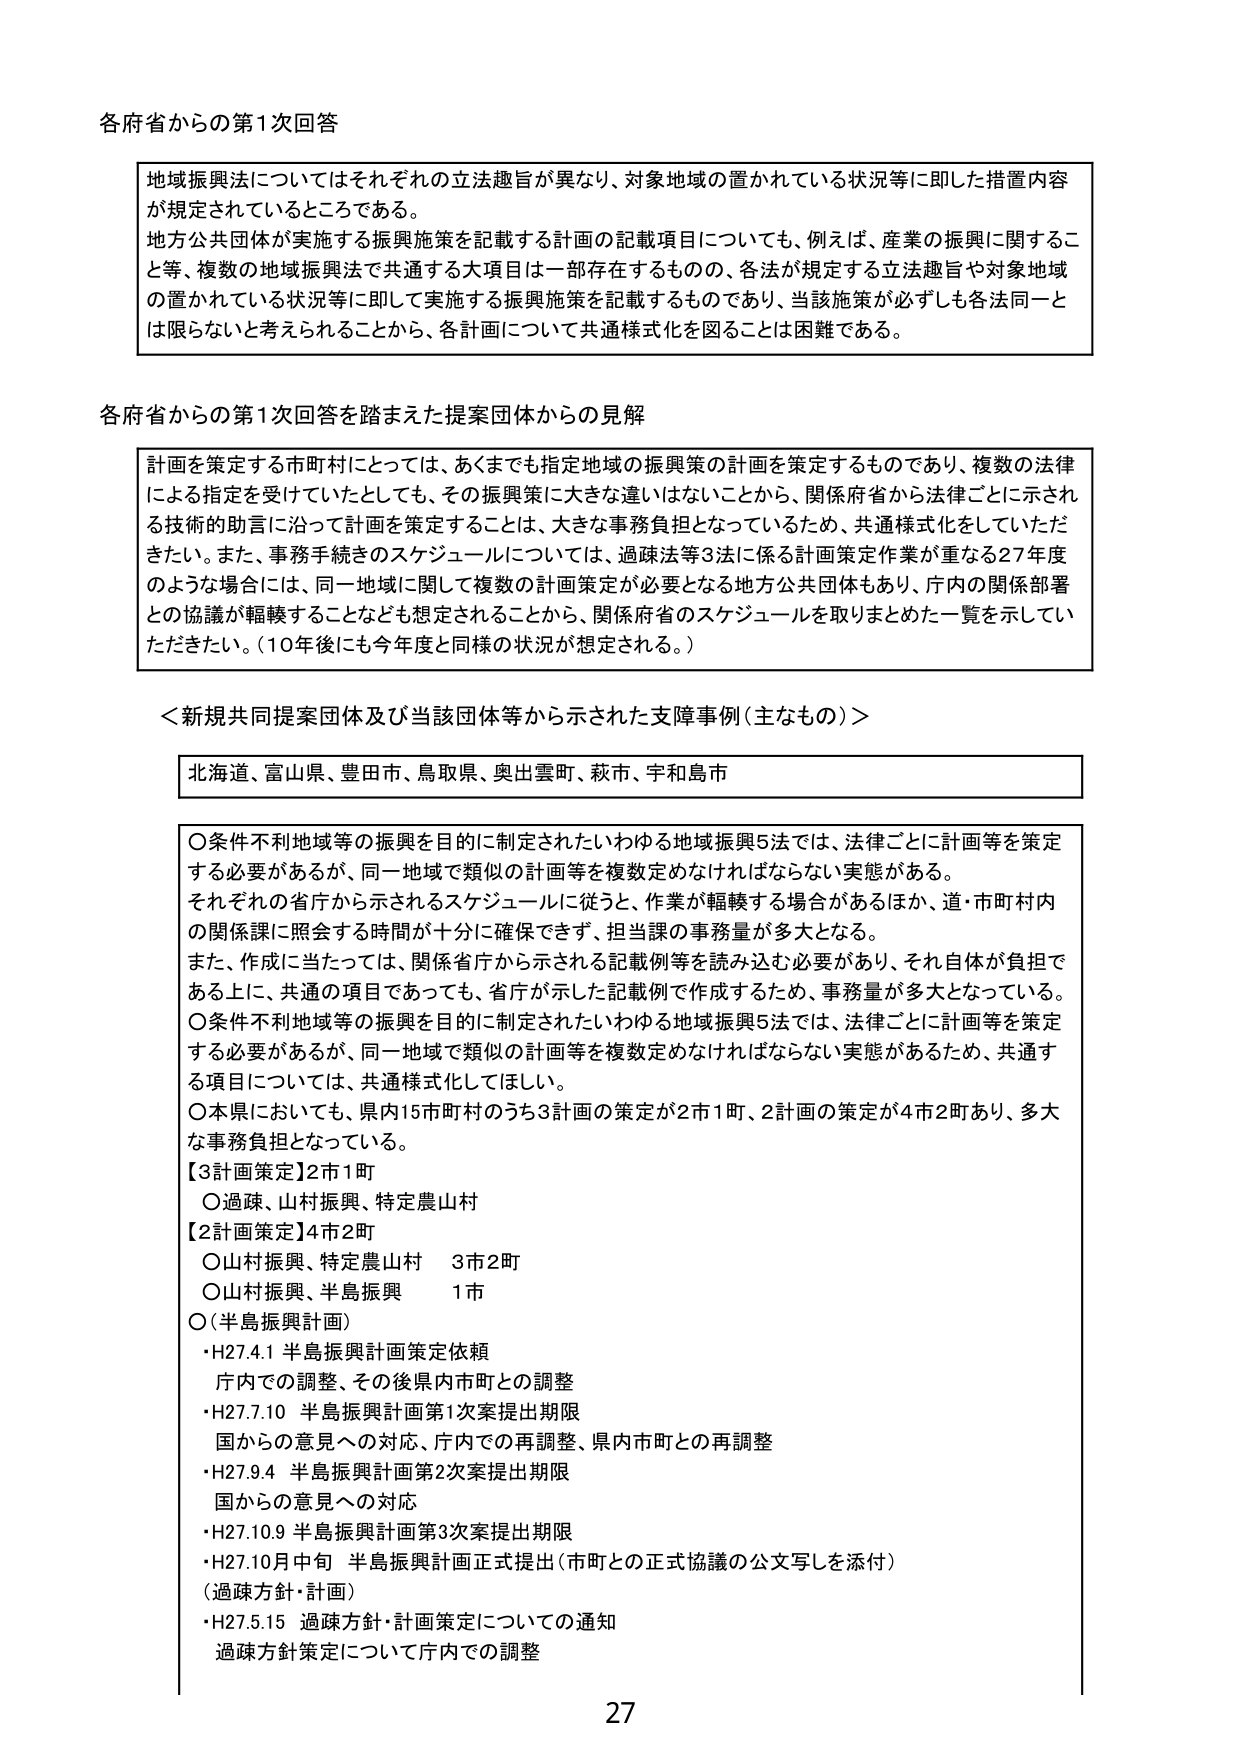
各府省からの第1次回答

地域振興法についてはそれぞれの立法趣旨が異なり、対象地域の置かれている状況等に即した措置内容が規定されているところである。
地方公共団体が実施する振興施策を記載する計画の記載項目についても、例えば、産業の振興に関すること等、複数の地域振興法で共通する大項目は一部存在するものの、各法が規定する立法趣旨や対象地域の置かれている状況等に即して実施する振興施策を記載するものであり、当該施策が必ずしも各法同一とは限らないと考えられることから、各計画について共通様式化を図ることは困難である。

各府省からの第1次回答を踏まえた提案団体からの見解

計画を策定する市町村にとっては、あくまでも指定地域の振興策の計画を策定するものであり、複数の法律による指定を受けていたとしても、その振興策に大きな違いはないことから、関係府省から法律ごとに示される技術的助言に沿って計画を策定することは、大きな事務負担となっているため、共通様式化をしていただきたい。また、事務手続きのスケジュールについては、過疎法等3法に係る計画策定作業が重なる27年度のような場合には、同一地域に関して複数の計画策定が必要となる地方公共団体もあり、庁内の関係部署との協議が輻輳することなども想定されることから、関係府省のスケジュールを取りまとめた一覧を示していただきたい。（10年後にも今年度と同様の状況が想定される。）

＜新規共同提案団体及び当該団体等から示された支障事例（主なもの）＞

北海道、富山県、豊田市、鳥取県、奥出雲町、萩市、宇和島市

〇条件不利地域等の振興を目的に制定されたいわゆる地域振興5法では、法律ごとに計画等を策定する必要があるが、同一地域で類似の計画等を複数定めなければならない実態がある。
それぞれの省庁から示されるスケジュールに従うと、作業が輻輳する場合があるほか、道・市町村内の関係課に照会する時間が十分に確保できず、担当課の事務量が多大となる。
また、作成に当たっては、関係省庁から示される記載例等を読み込む必要があり、それ自体が負担である上に、共通の項目であっても、省庁が示した記載例で作成するため、事務量が多大となっている。
〇条件不利地域等の振興を目的に制定されたいわゆる地域振興5法では、法律ごとに計画等を策定する必要があるが、同一地域で類似の計画等を複数定めなければならない実態があるため、共通する項目については、共通様式化してほしい。
〇本県においても、県内15市町村のうち3計画の策定が2市1町、2計画の策定が4市2町あり、多大な事務負担となっている。
【3計画策定】2市1町
〇過疎、山村振興、特定農山村
【2計画策定】4市2町
〇山村振興、特定農山村　3市2町
〇山村振興、半島振興　1市
〇（半島振興計画）
・H27.4.1 半島振興計画策定依頼
　庁内での調整、その後県内市町との調整
・H27.7.10 半島振興計画第1次案提出期限
　国からの意見への対応、庁内での再調整、県内市町との再調整
・H27.9.4 半島振興計画第2次案提出期限
　国からの意見への対応
・H27.10.9 半島振興計画第3次案提出期限
・H27.10月中旬 半島振興計画正式提出（市町との正式協議の公文写しを添付）
（過疎方針・計画）
・H27.5.15 過疎方針・計画策定についての通知
　過疎方針策定について庁内での調整

27